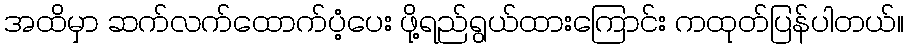
အထိမှာ ဆက်လက်ထောက်ပံ့ပေး ဖို့ရည်ရွယ်ထားကြောင်း ကထုတ်ပြန်ပါတယ်။